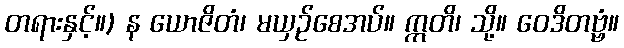
တရားနှင့်။) န ယောဇိတံ၊ မယှဉ်စေအပ်။ ဣတိ၊ သို့။ ဝေဒိတဗ္ဗံ။